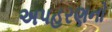
અપહરણનો